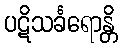
ပဋိသင်္ခရောန္တိ